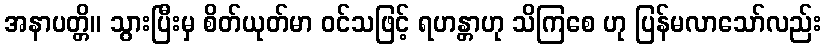
အနာပတ္တိ။ သွားပြီးမှ စိတ်ယုတ်မာ ဝင်သဖြင့် ရဟန္တာဟု သိကြစေ ဟု ပြန်မလာသော်လည်း